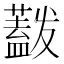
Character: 𰲋